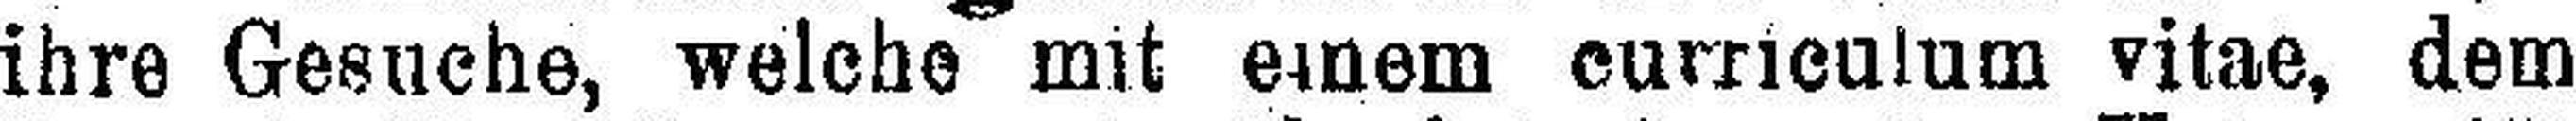
ihre Gesuche, welche mit einem curriculum vitae, dem